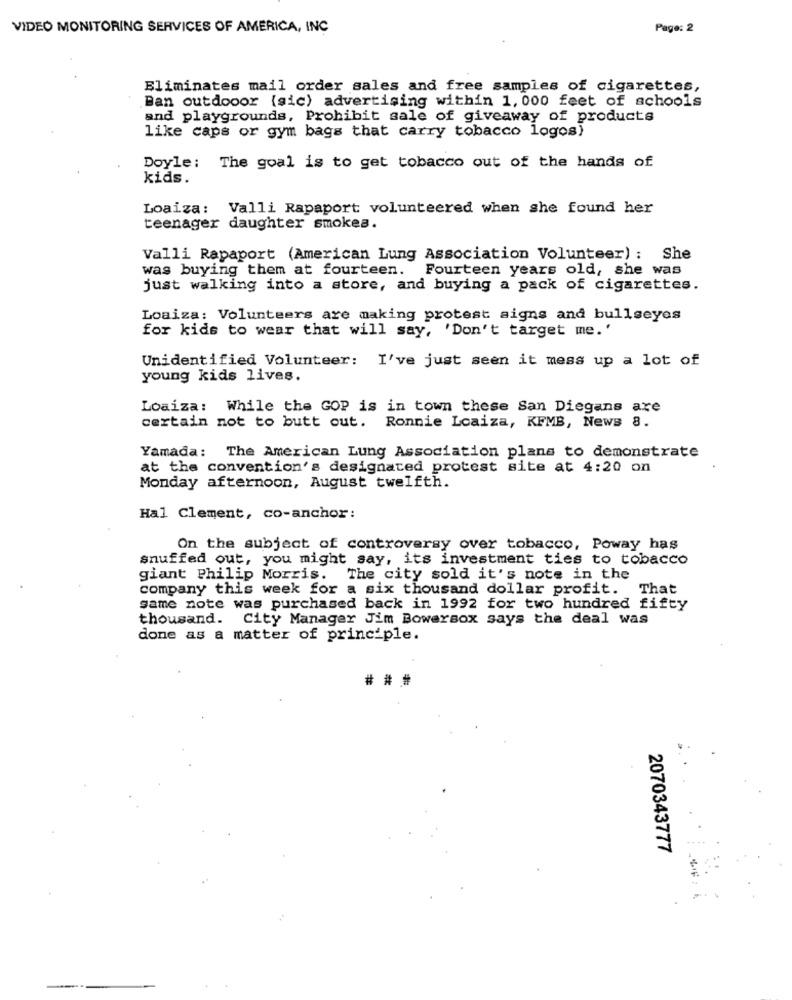
VIDEO MONITORING SERVICES OF AMERICA, INC
Page: 2
Eliminates mail order sales and free samples of cigarettes,
Ban outdooor (sic) advertising within 1, 000 feet of schools
and playgrounds, Prohibit sale of giveaway of products
like caps or gym bags that carry tobacco logos}
Doyle: The goal is to get tobacco out of the hands of
kids.
Loaiza: Valli Rapaport volunteered when she found her
teenager daughter smokes.
Valli Rapaport (American Lung Association Volunteer) : She
was buying them at fourteen. Fourteen years old, she was
just walking into a store, and buying a pack of cigarettes.
Loaiza: Volunteers are making protest signs and bullseyes
for kids to wear that will say, 'Don't target me.'
Unidentified Volunteer: I've just seen it mess up a lot of
young kids lives.
Loaiza: While the GOP is in town these San Diegans are
certain not to butt out. Ronnie Loaiza, KFMB, News 8.
Yamada: The American Lung Association plans to demonstrate
at the convention's designated protest site at 4:20 on
Monday afternoon, August twelfth.
Hal Clement, co-anchor:
On the subject of controversy over tobacco, Poway has
snuffed out, you might say, its investment ties to tobacco
giant Philip Morris. The city sold it's note in the
company this week for a six thousand dollar profit. That
game note was purchased back in 1992 for two hundred fifty
thousand. City Manager Jim Bowersox says the deal was
done as a matter of principle.
###
2070343777
. .